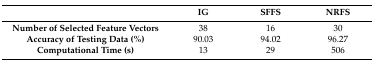
|  | IG | SFFS | NRFS |
 | --- | --- | --- | --- |
 | Number of Selected Feature Vectors | 38 | 16 | 30 |
 | Accuracy of Testing Data (%) | 90.03 | 94.02 | 96.27 |
 | Computational Time (s) | 13 | 29 | 506 |